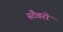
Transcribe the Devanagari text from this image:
स्टैवरो